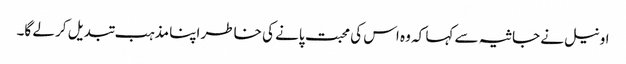
اونیل نے جاثیہ سے کہا کہ وہ اس کی محبت پانے کی خاطر اپنا مذہب تبدیل کر لے گا۔